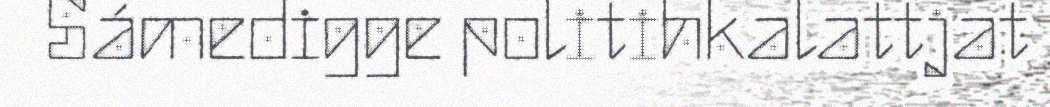
Sámedigge politihkalattjat